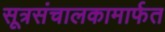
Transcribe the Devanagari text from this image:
सूत्रसंचालकामार्फत